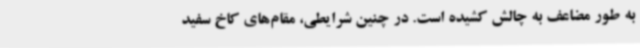
به طور مضاعف به چالش کشیده است. در چنین شرایطی، مقام‌های کاخ سفید